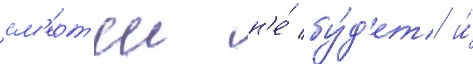
см'ерт'еи н'е́ бу́д'ет и́